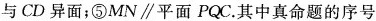
与CD异面；⑤MN\parallel 平面PQC.其中真命题的序号